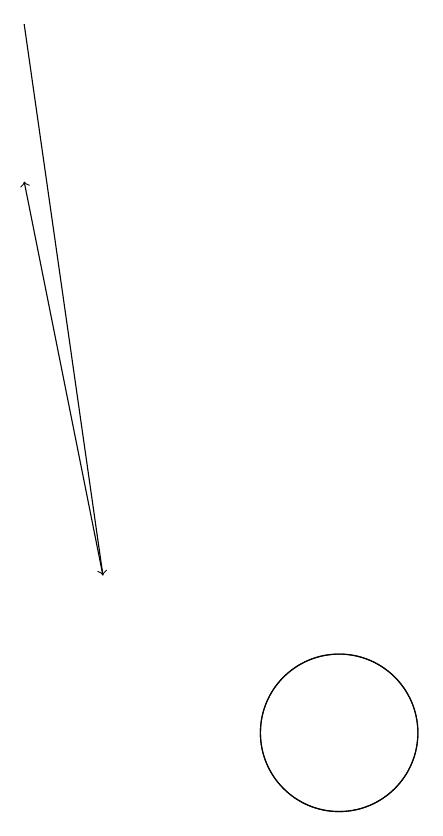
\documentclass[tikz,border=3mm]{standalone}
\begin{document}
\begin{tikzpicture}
\draw[->] (6,19) -- (7,12);
\draw (10,10) circle (1);
\draw (10,10) circle (1);
\draw[->] (7,12) -- (6,17);
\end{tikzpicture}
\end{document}